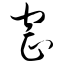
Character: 窑